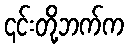
၎င်းတို့ဘက်က